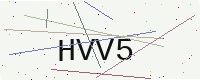
Text: HVV5